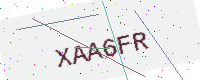
Text: XAA6FR